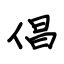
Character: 倡